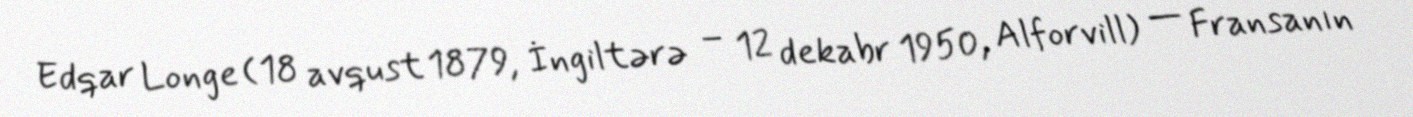
Edqar Longe (18 avqust 1879, İngiltərə – 12 dekabr 1950, Alforvill) — Fransanın